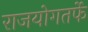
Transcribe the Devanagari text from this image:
राजयोगतर्फे